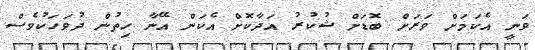
ވަނީ އެކަމަށް ވަރަށް ބޮޑަށް ޝުކުރު އަދާކޮށް އެކަން އޭނާ ހިތުން ދުވަހަކުވެސް